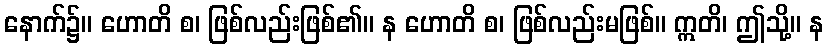
နောက်၌။ ဟောတိ စ၊ ဖြစ်လည်းဖြစ်၏။ န ဟောတိ စ၊ ဖြစ်လည်းမဖြစ်။ ဣတိ၊ ဤသို့။ န